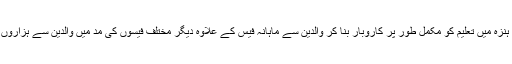
جبکہ نجی تعلیمی اداروں کے مالکان نے ضلع ہنزہ میں تعلیم کو مکمل طور پر کاروبار بنا کر والدین سے ماہانہ فیس کے علاوہ دیگر مختلف فیسوں کی مد میں والدین سے ہزاروں روپے بٹور نے کا سلسلہ شروع کر رکھا ہے۔